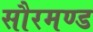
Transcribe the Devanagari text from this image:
सौरमण्ड